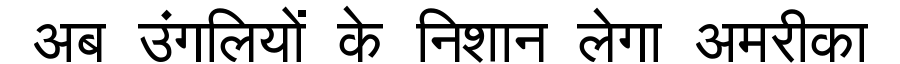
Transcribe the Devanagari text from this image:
अब उंगलियों के निशान लेगा अमरीका